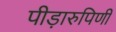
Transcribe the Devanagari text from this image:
पीड़ारुपिणी